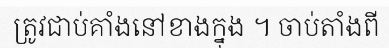
ត្រូវជាប់គាំងនៅខាងក្នុង ។ ចាប់តាំងពី